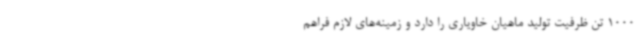
1000 تن ظرفیت تولید ماهیان خاویاری را دارد و زمینه‌های لازم فراهم